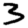
Digit: 3